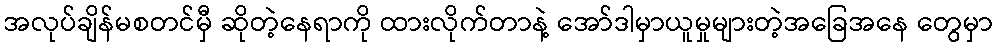
အလုပ်ချိန်မစတင်မှီ ဆိုတဲ့နေရာကို ထားလိုက်တာနဲ့ အော်ဒါမှာယူမှုများတဲ့အခြေအနေ တွေမှာ